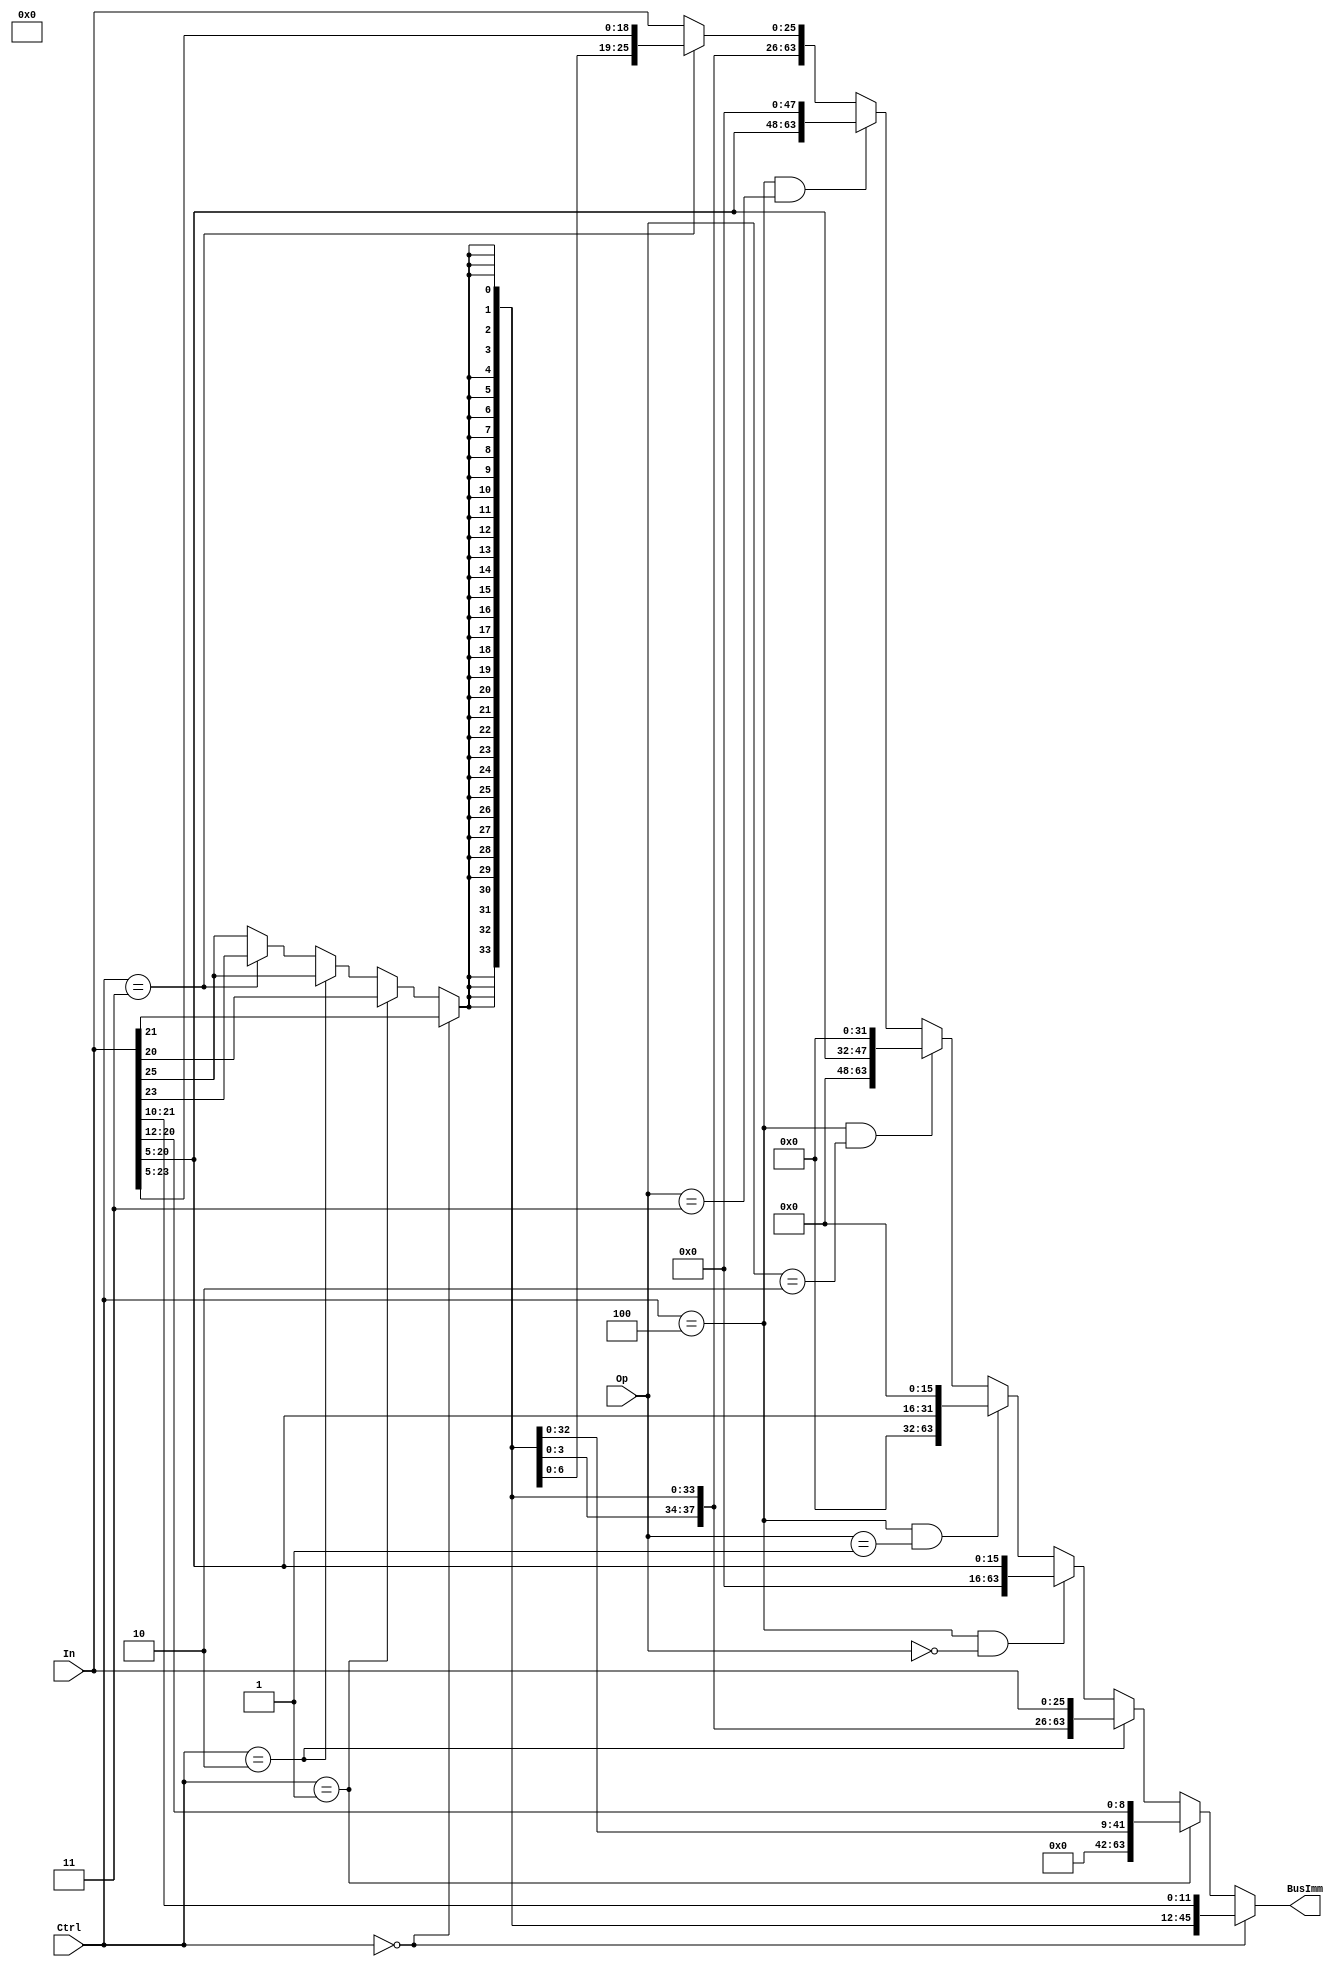
`define I     3'b000
`define D     3'b001 
`define B     3'b010 
`define CBZ   3'b011
`define MOVZ  3'b100
module SignExtender(BusImm, In, Ctrl, Op); 
   //Outputs
   output [63:0] BusImm; 
   //Inputs
   input [25:0]  In; 
   input [2:0] Ctrl;
   input [1:0] Op;
   //Intermediate value
   wire 	 extBit; 
   
   //all follow syntax of condition? true : false where the false condition nests to the next condition 
   assign extBit = (Ctrl == `I)? In[21] : 
                   ((Ctrl == `D)? In[20] : 
                   ((Ctrl == `B)? In[25] :
                   ((Ctrl == `CBZ)? In[23] : In[25] )));
                   
   assign BusImm = (Ctrl == `I)? {{34{extBit}},In[21:10]} : 
                   ((Ctrl == `D)? {{33{extBit}},In[20:12]} : 
                   ((Ctrl == `B)? {{39{extBit}},In[25:0]} : 
                   ((Ctrl == `MOVZ && Op == 2'b00)? {{48{1'b0}},In[20:5]}:
                   ((Ctrl == `MOVZ && Op == 2'b01)? {{32{1'b0}},In[20:5],{16{1'b0}}}:
                   ((Ctrl == `MOVZ && Op == 2'b10)? {{16{1'b0}},In[20:5],{32{1'b0}}}:
                   ((Ctrl == `MOVZ && Op == 2'b11)? {In[20:5],{48{1'b0}}}:
                   ((Ctrl == `CBZ)? {{45{extBit}},In[23:5]} : {{39{extBit}},In[25:0]} )))))));

endmodule